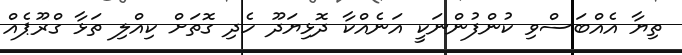
ތިޔާ އެއްބަސްވި ކުންފުންނަކީ އަނެއްކާ ދޮޅިޔަދޫ ހެދި ގޮތަށް ކިއްލި ތަޅާ ގްރޫޕެއް